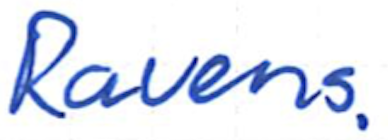
Text: Ravens.
Cross-out: clean
Writing tool: ballpoint